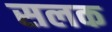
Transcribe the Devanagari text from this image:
सलक